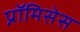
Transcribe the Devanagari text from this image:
प्रॉमिसेस